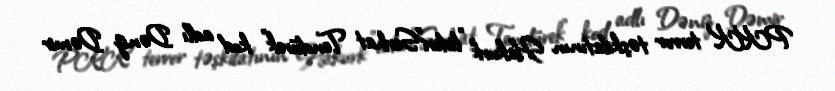
PKK terror təşkilatının Hakurk "lideri"Serhat Tendürek" kod adlı Dəniz Dəmir